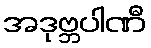
အဒုဗ္ဘပါဏီ